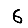
Digit: 6